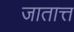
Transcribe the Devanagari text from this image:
जातात्त